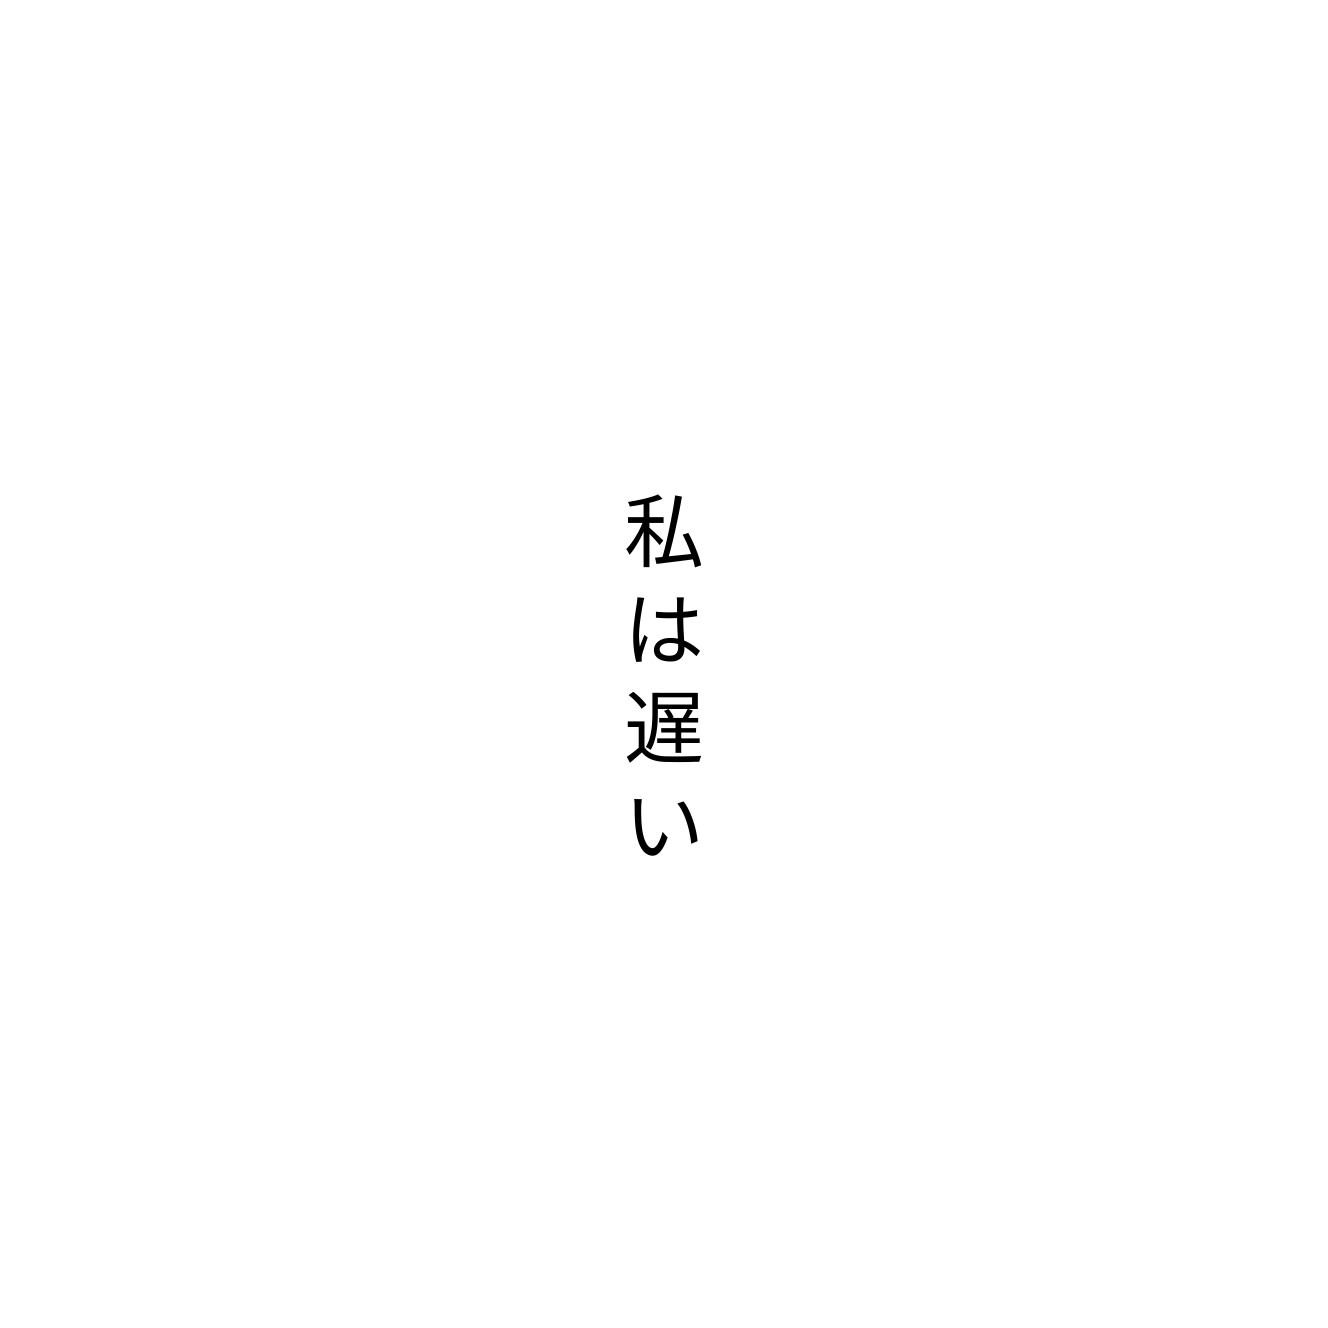
私は遅い